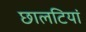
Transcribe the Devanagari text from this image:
छालटियां